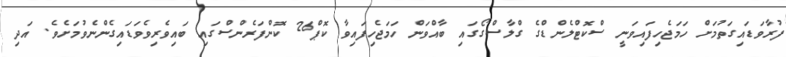
ފުރާވަޑައިގަތުމަށް ހަމަޖެހިފައިވަނީ ސްކޮޓްލެންޑްގެ ގްލާސްގޯގައި ބާއްވަން ހަމަޖެހިފައިވާ ކޮޕް26 ކޮންފަރެންސްގައި ބައިވެރިވެވަޑައިގެންނެވުމަށެވެ. އަދި